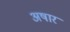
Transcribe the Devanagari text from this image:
अषार